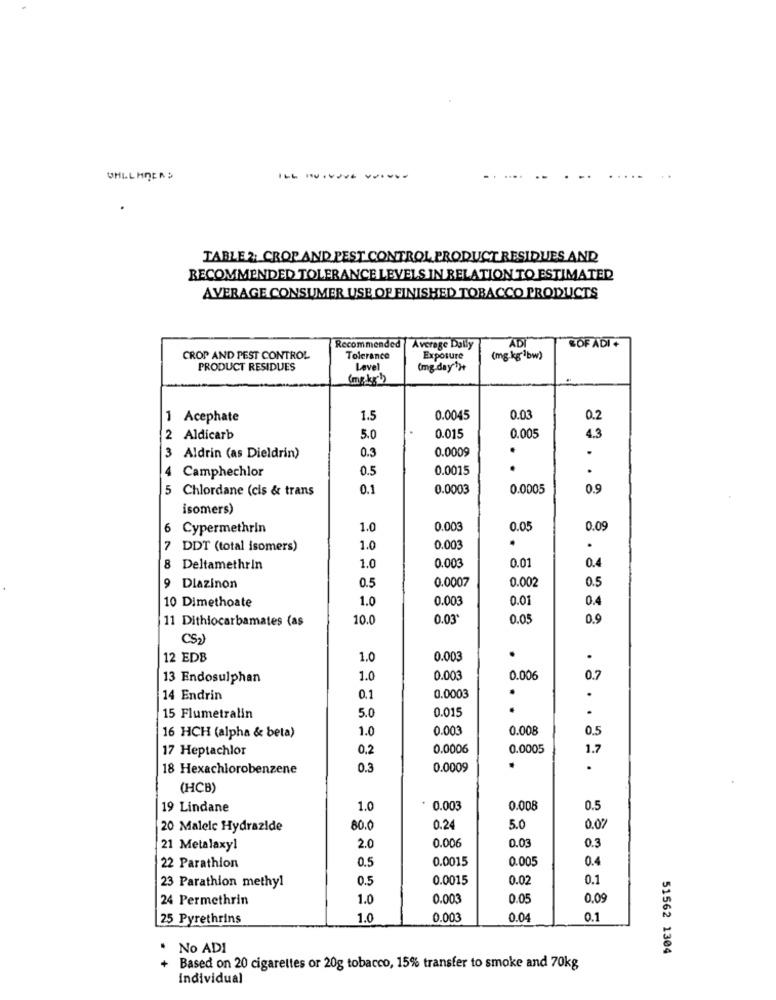
TABLE 2; CROP AND PEST CONTROL PRODUCT RESIDUES AND
RECOMMENDED TOLERANCE LEVELS IN RELATION TO ESTIMATED
AVERAGE CONSUMER USE OF FINISHED TOBACCO PRODUCTS
Recommended
Average Daily
ADI
SOF ADI +
CROP AND PEST CONTROL
Tolerance
Exposure
(mg.kg"]bw)
PRODUCT RESIDUES
Level
(mg.day')
(mg.kg'))
1 Acephate
1.5
0.0045
0.03
0.2
2 Aldicarb
5.0
0.015
0.005
4.3
3
0.3
0.0009
.
Aldrin (as Dieldrin)
Camphechlor
0.5
0.0015
.
5
Chlordane (cis & trans
0.1
0.0003
0.0005
0.9
isomers)
6
Cypermethrin
1.0
0.003
0.05
0.09
7
DDT (total isomers)
1.0
0.003
.
0.4
8
Deltamethrin
1.0
0.003
0.01
0.5
0.0007
0.002
0.5
9 Diazinon
10 Dimethoate
1.0
0.003
0.01
0.4
11 Dithiocarbamates (as
10.0
0.03
0.05
0.9
CS
12 EDB
1.0
0.003
.
.
13 Endosulphan
1.0
0.003
0.006
0.7
14 Endrin
0,1
0.0003
.
.
.
15 Flumetralin
5.0
0.015
1.0
0.003
0.008
0.5
16 HCH (alpha & beta)
17 Heptachlor
0.2
0.0006
0.0005
1.7
18 Hexachlorobenzene
0.3
0.0009
.
.
(HCB)
19 Lindane
1.0
0.003
0.008
0.5
20 Malelc Hydrazide
80.0
0.24
5.0
0.07
0.006
21 Metalaxyl
2.0
0.03
0.3
0.0015
0.005
0.4
22 Parathion
0.5
0.5
0.0015
0.02
0.1
23 Parathion methyl
24 Permethrin
1.0
0.003
0.05
0.09
25 Pyrethrins
1.0
0.003
0.04
0.1
.
No ADI
51562 1304
Based on 20 cigarettes or 20g tobacco, 15% transfer to smoke and 70kg
Individual